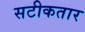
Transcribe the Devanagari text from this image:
सटीकतार